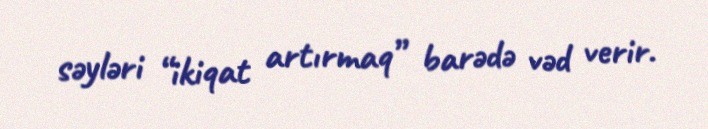
səyləri “ikiqat artırmaq” barədə vəd verir.